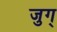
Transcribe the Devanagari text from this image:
जुग्